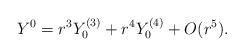
LaTeX: \begin{align*}Y^0 = r^3 Y_0^{(3)} + r^4 Y_0^{(4)} + O(r^5).\end{align*}